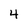
Character: 4